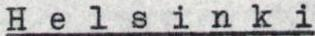
Helsinki